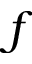
f